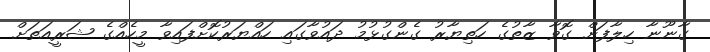
ގާނޫނާ ހިލާފަށް ގޮވާ ޒާތުގެ ހަތިޔާރު ގެންގުޅުމު ދައުވާގައި ހައްޔަރުކޮށްފައިވާ މީހެއްގެ ޝަރީއަތަށް